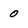
Character: O